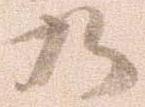
乃